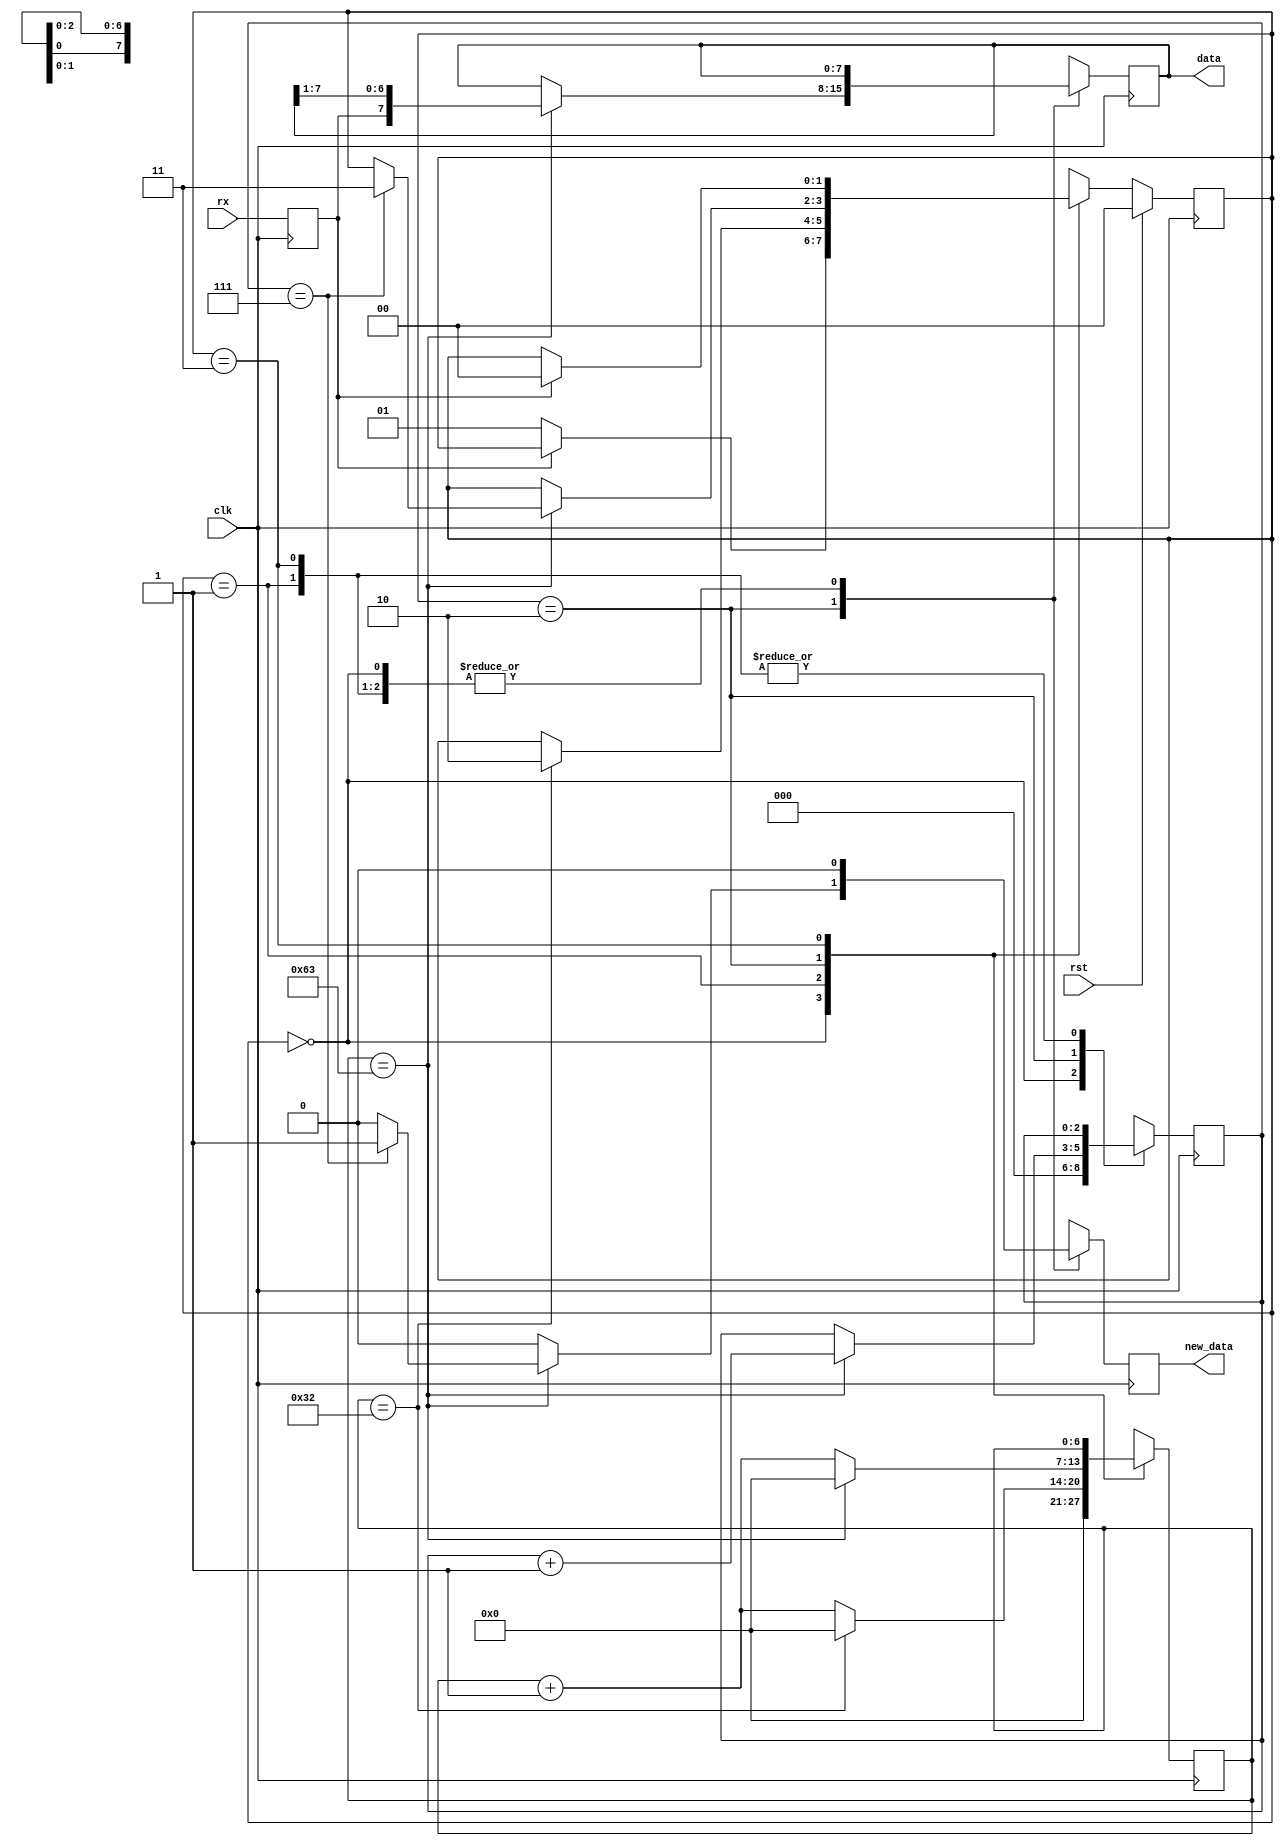
module uart_rx_6 (
    input clk,
    input rst,
    input rx,
    output reg [7:0] data,
    output reg new_data
  );
  
  localparam CLK_FREQ = 26'h2faf080;
  localparam BAUD = 19'h7a120;
  
  
  localparam CLK_PER_BIT = 28'h0000064;
  
  localparam CTR_SIZE = 3'h7;
  
  localparam IDLE_state = 2'd0;
  localparam WAIT_HALF_state = 2'd1;
  localparam WAIT_FULL_state = 2'd2;
  localparam WAIT_HIGH_state = 2'd3;
  
  reg [1:0] M_state_d, M_state_q = IDLE_state;
  reg [6:0] M_ctr_d, M_ctr_q = 1'h0;
  reg [2:0] M_bitCtr_d, M_bitCtr_q = 1'h0;
  reg [7:0] M_savedData_d, M_savedData_q = 1'h0;
  reg M_newData_d, M_newData_q = 1'h0;
  reg M_rxd_d, M_rxd_q = 1'h0;
  
  always @* begin
    M_state_d = M_state_q;
    M_ctr_d = M_ctr_q;
    M_savedData_d = M_savedData_q;
    M_bitCtr_d = M_bitCtr_q;
    M_newData_d = M_newData_q;
    M_rxd_d = M_rxd_q;
    
    M_rxd_d = rx;
    M_newData_d = 1'h0;
    data = M_savedData_q;
    new_data = M_newData_q;
    
    case (M_state_q)
      IDLE_state: begin
        M_bitCtr_d = 1'h0;
        M_ctr_d = 1'h0;
        if (M_rxd_q == 1'h0) begin
          M_state_d = WAIT_HALF_state;
        end
      end
      WAIT_HALF_state: begin
        M_ctr_d = M_ctr_q + 1'h1;
        if (M_ctr_q == 28'h0000032) begin
          M_ctr_d = 1'h0;
          M_state_d = WAIT_FULL_state;
        end
      end
      WAIT_FULL_state: begin
        M_ctr_d = M_ctr_q + 1'h1;
        if (M_ctr_q == 29'h00000063) begin
          M_savedData_d = {M_rxd_q, M_savedData_q[1+6-:7]};
          M_bitCtr_d = M_bitCtr_q + 1'h1;
          M_ctr_d = 1'h0;
          if (M_bitCtr_q == 3'h7) begin
            M_state_d = WAIT_HIGH_state;
            M_newData_d = 1'h1;
          end
        end
      end
      WAIT_HIGH_state: begin
        if (M_rxd_q == 1'h1) begin
          M_state_d = IDLE_state;
        end
      end
      default: begin
        M_state_d = IDLE_state;
      end
    endcase
  end
  
  always @(posedge clk) begin
    M_ctr_q <= M_ctr_d;
    M_bitCtr_q <= M_bitCtr_d;
    M_savedData_q <= M_savedData_d;
    M_newData_q <= M_newData_d;
    M_rxd_q <= M_rxd_d;
    
    if (rst == 1'b1) begin
      M_state_q <= 1'h0;
    end else begin
      M_state_q <= M_state_d;
    end
  end
  
endmodule